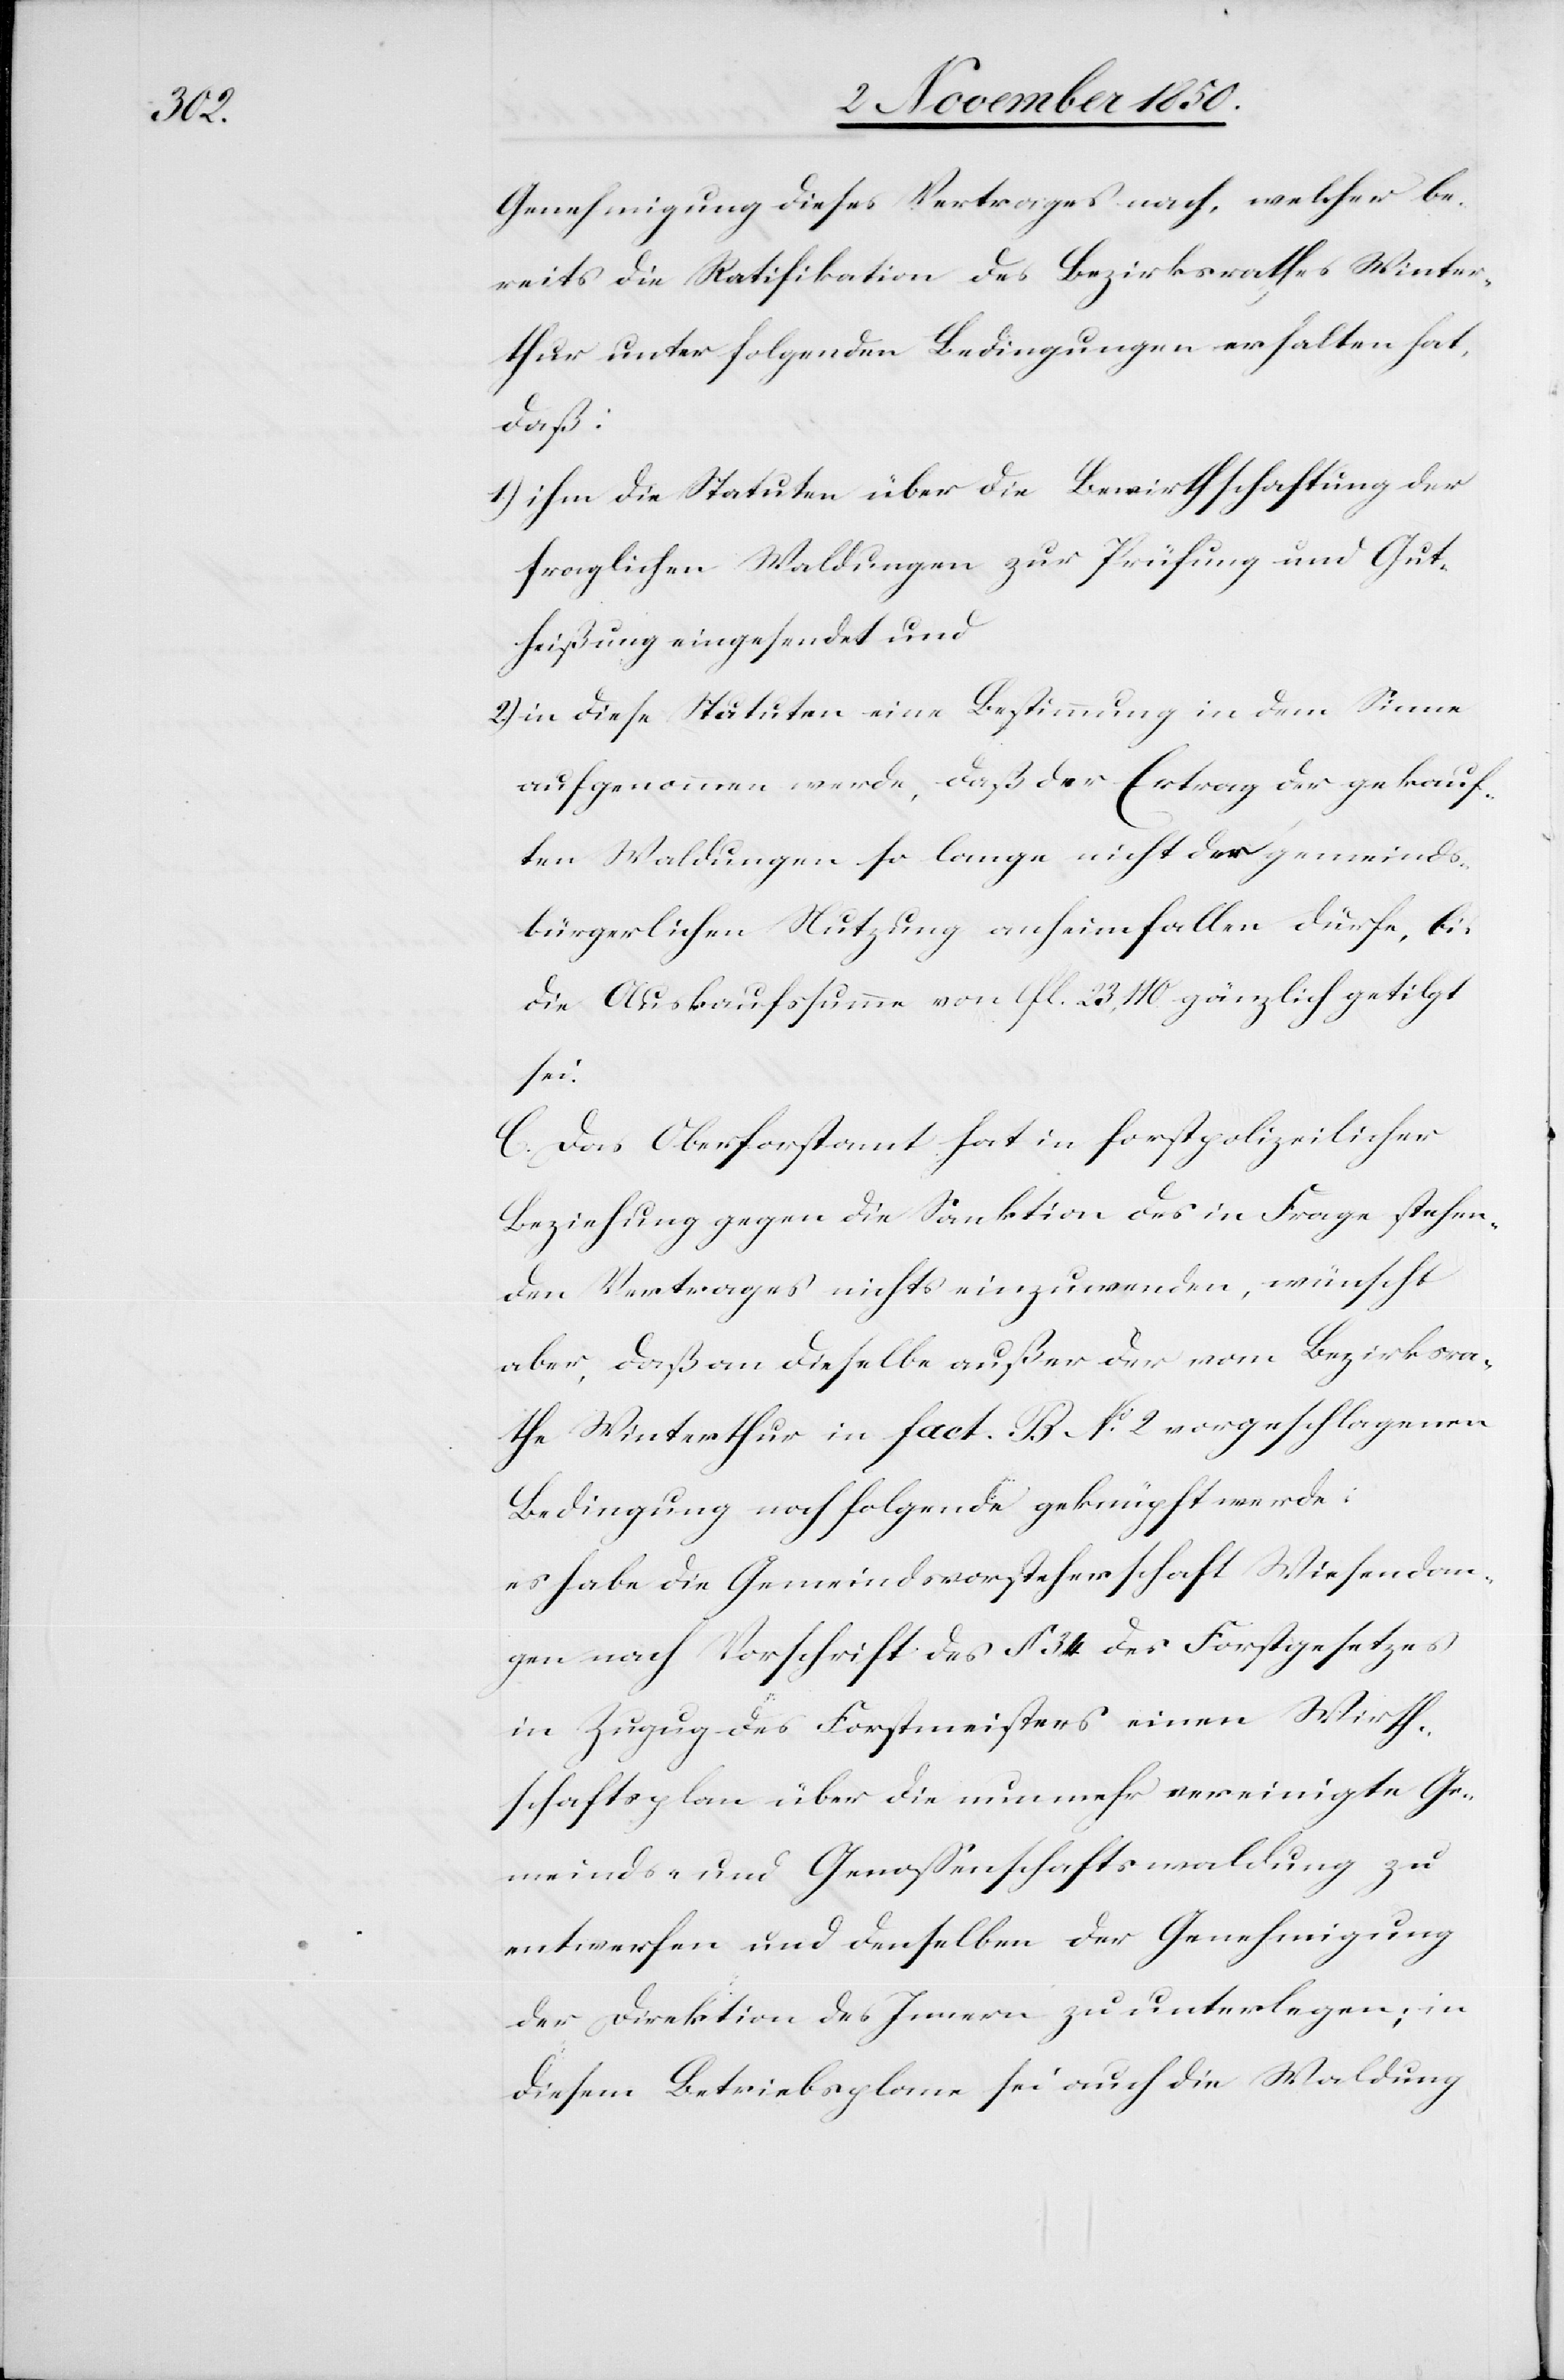
Genehmigung dieses Vertrages nach, welcher be¬
reits die Ratifikation des Bezirksrathes Winter¬
thur unter folgenden Bedingungen erhalten hat,
daß:
1.) ihm die Statuten über die Bewirthschaftung der
fraglichen Waldungen zur Prüfung und Gut¬
heißung eingesendet und
2) in diese Statuten eine Bestimmung in dem Sinne
aufgenommen werde, daß der Ertrag der gekauf¬
ten Waldungen so lange nicht der gemeinds¬
bürgerlichen Nutzung anheimfallen dürfe, bis
die Auskaufssumme von fl. 23,110. gänzlich getilgt
sei.
C. Das Oberforstamt hat in forstpolizeilicher
Beziehung gegen die Sanktion des in Frage stehen¬
den Vertrages nichts einzuwenden, wünscht
aber, daß an dieselbe außer der vom Bezirksra¬
the Winterthur in fact. B No 2 vorgeschlagenen
Bedingung noch folgende geknüpft werde:
es habe die Gemeindsvorsteherschaft Wiesendan¬
gen nach Vorschrift des § 34 des Forstgesetzes
in Zuzug des Forstmeisters einen Wirth¬
schaftsplan über die nunmehr vereinigte Ge¬
meinds- und Genossenschaftswaldung zu
entwerfen und denselben der Genehmigung
der Direktion des Innern zu unterlegen; in
diesem Betriebsplane sei auch die Waldung